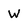
Character: W